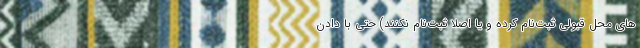
های محل قبولی ثبت‌نام کرده و یا اصلاً ثبت‌نام نکنند) حتی با دادن